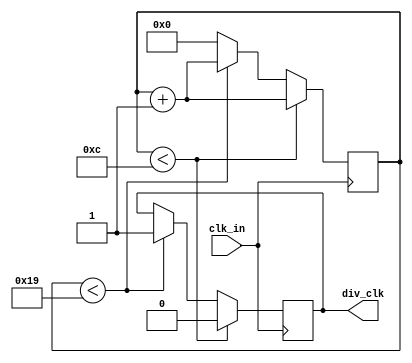
`timescale 1ns / 1ps
//////////////////////////////////////////////////////////////////////////////////
// Company: 
// 
// Design Name: 
// Module Name: clkDiv25
// Project Name: 
// Target Devices: 
// Tool Versions: 
// Description: 25Mhz to 1Mhz clock converter (divide clock by 25)
// 
// Dependencies: 
// 
// Revision:
// Revision 0.01 - File Created
// Additional Comments:
// 
//////////////////////////////////////////////////////////////////////////////////


module clkDiv25(
    input clk_in,     
    output div_clk
    );
    reg clk_out;
    reg [4:0] count25;
    
    //Simple clock divider counter module
    always @ (posedge clk_in)
        if (count25 < 12)
            begin
                count25 <= count25 + 1; //0 for first 12 count
                clk_out <= 0;
            end
        else if (count25 < 25)
            begin
                count25 <= count25 + 1; //1 for the following 12 counts
                clk_out <= 1;
            end
        else 
            begin
                count25 <= 0;   //Reset counter to 0
            end
    assign div_clk = clk_out;  //Output clock
endmodule